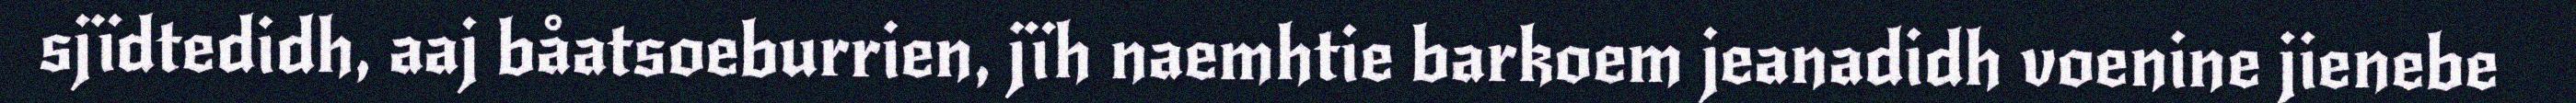
sjïdtedidh, aaj båatsoeburrien, jïh naemhtie barkoem jeanadidh voenine jienebe